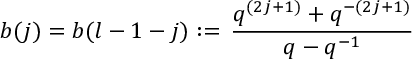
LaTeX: b ( j ) = b ( l - 1 - j ) : = \, \frac { q ^ { ( 2 j + 1 ) } + q ^ { - ( 2 j + 1 ) } } { q - q ^ { - 1 } }